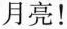
月亮！